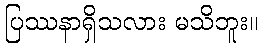
ပြဿနာရှိသလား မသိဘူး။